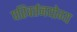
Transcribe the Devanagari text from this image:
परिवर्तनयोग्य